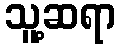
သူ့ဆရာ